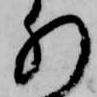
肝